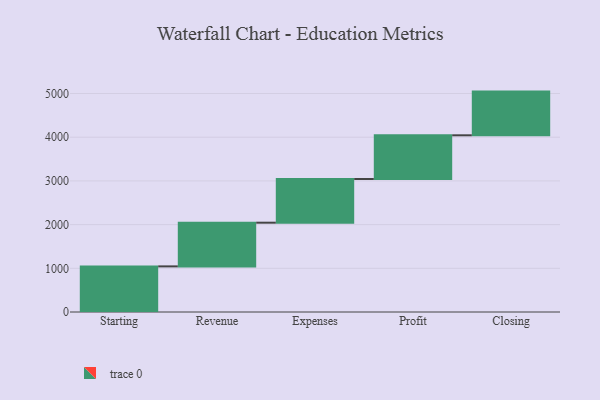
{"axis": {"x": "Step", "y": "Value"}, "legend": [""], "data": [{"x": "Starting", "y": 1044.0, "type": ""}, {"x": "Revenue", "y": 1000, "type": ""}, {"x": "Expenses", "y": 1000, "type": ""}, {"x": "Profit", "y": 1000, "type": ""}, {"x": "Closing", "y": 1000, "type": ""}]}